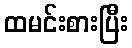
ထမင်းစားပြီး